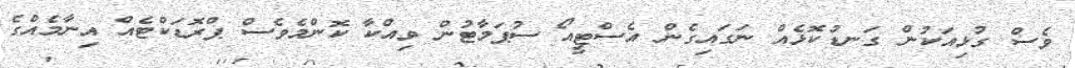
ވެސް ގުޅިއަކުން ގަނޑުކޮޅެއް ނަގައިގެން އެސްޓީއޯ ސުޕަމާޓުން ވިއްކާ ކޮންމެވެސް ޕްރޮޑަކްޓެއް އިނާމެއްގެ